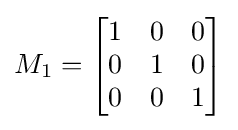
M_{1}={\begin{bmatrix}1&0&0\\0&1&0\\0&0&1\end{bmatrix}}